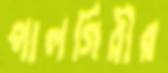
পালগিরীর